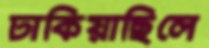
ঢাকিয়াছিলে